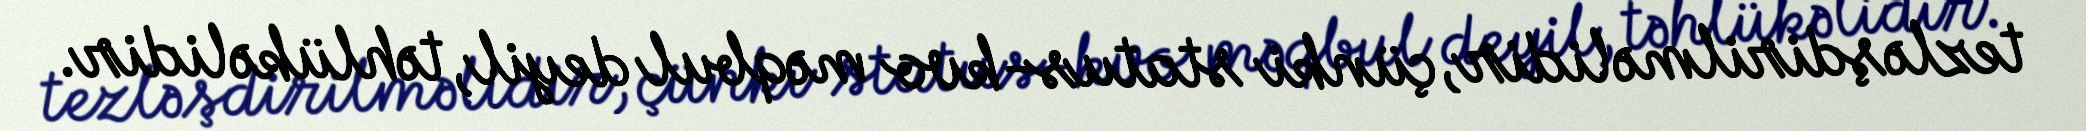
tezləşdirilməlidir, çünki status-kvo məqbul deyil, təhlükəlidir.